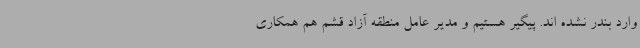
وارد بندر نشده اند. پیگیر هستیم و مدیر عامل منطقه آزاد قشم هم همکاری